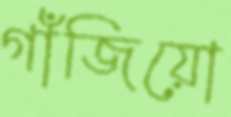
গাঁজিয়ো